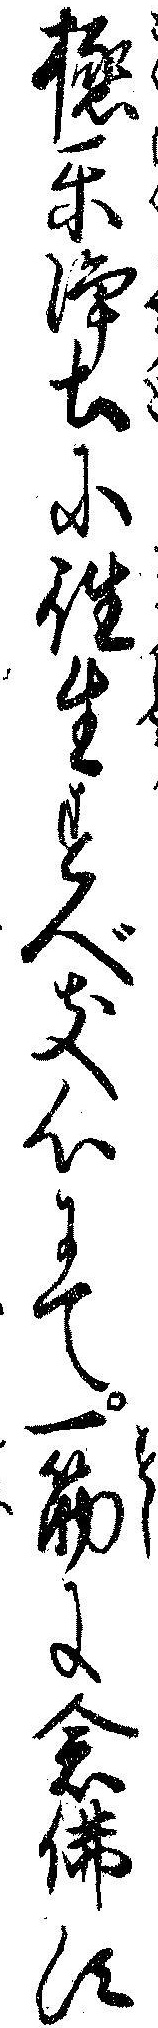
極楽浄土に往生すべき心にて一筋に念仏す